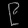
Digit: ၉